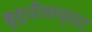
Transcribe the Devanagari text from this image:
बुद्धीसम्राट